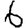
Digit: 6